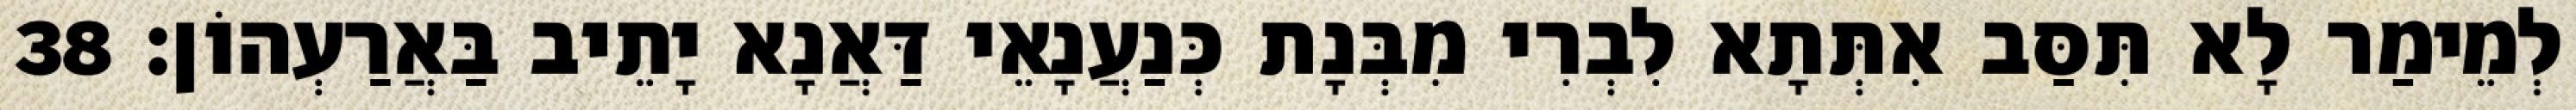
לְמֵימַר לָא תִּסַּב אִתְּתָא לִבְרִי מִבְּנָת כְּנַעֲנָאֵי דַּאֲנָא יָתֵיב בַּאֲרַעְהוֹן׃ 38